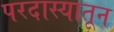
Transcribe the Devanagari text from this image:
परदास्यातून